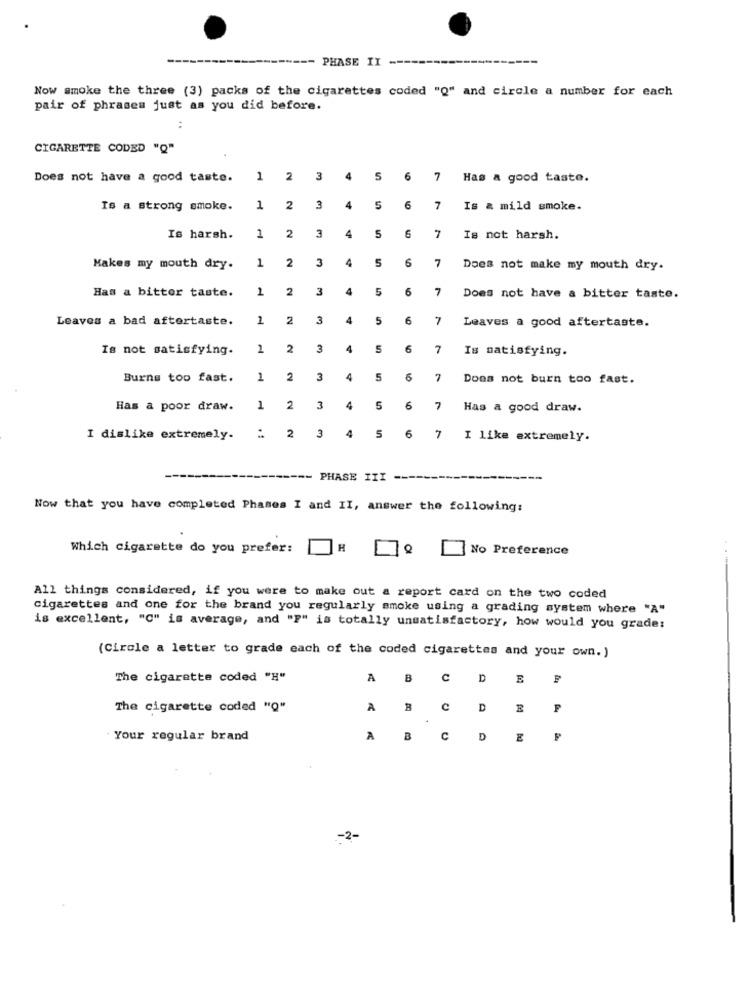
PHASE II -
Now smoke the three (3) packs of the cigarettes coded "Q" and circle a number for each
pair of phrases just as you did before.
CIGARETTE CODED "Q"
Does not have a good taste.
1 2 3
4
5
6
7
Has a good taste.
Is a strong smoke.
1 2 3
4
5
6
7
Is a mild smoke.
5
Is harsh.
1
2
3
4
6
7
Is not harsh.
1
3
4
5
Makes my mouth dry.
2
7
Does not make my mouth dry.
Has a bitter taste.
1
2
3
4
5
6
7
Does not have a bitter taste.
Leaves a bad aftertaste.
1
2
3
4
5
6
Leaves a good aftertaste.
Is not satisfying.
1
2
3
4
5
6
7
Is satisfying.
Burns too fast.
1
2
3
4
5
6
7
Does not burn too fast.
Has a poor draw.
1
2
3
4
5
6
7
Has a good draw.
I dislike extremely.
2
3
4
5
6
7
I like extremely.
PHASE III
---
Now that you have completed Phases I and II, answer the following:
Which cigarette do you prefer:
H
No Preference
All things considered, if you were to make out a report card on the two coded
cigarettes and one for the brand you regularly smoke using a grading system where "A"
is excellent, "C" is average, and "F" is totally unsatisfactory, how would you grade:
(Circle a letter to grade each of the coded cigarettes and your own.)
The cigarette coded "H"
A
B
C
D
The cigarette coded "Q"
A
C
D
Your regular brand
A
B
C
D
-2-